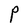
Character: P